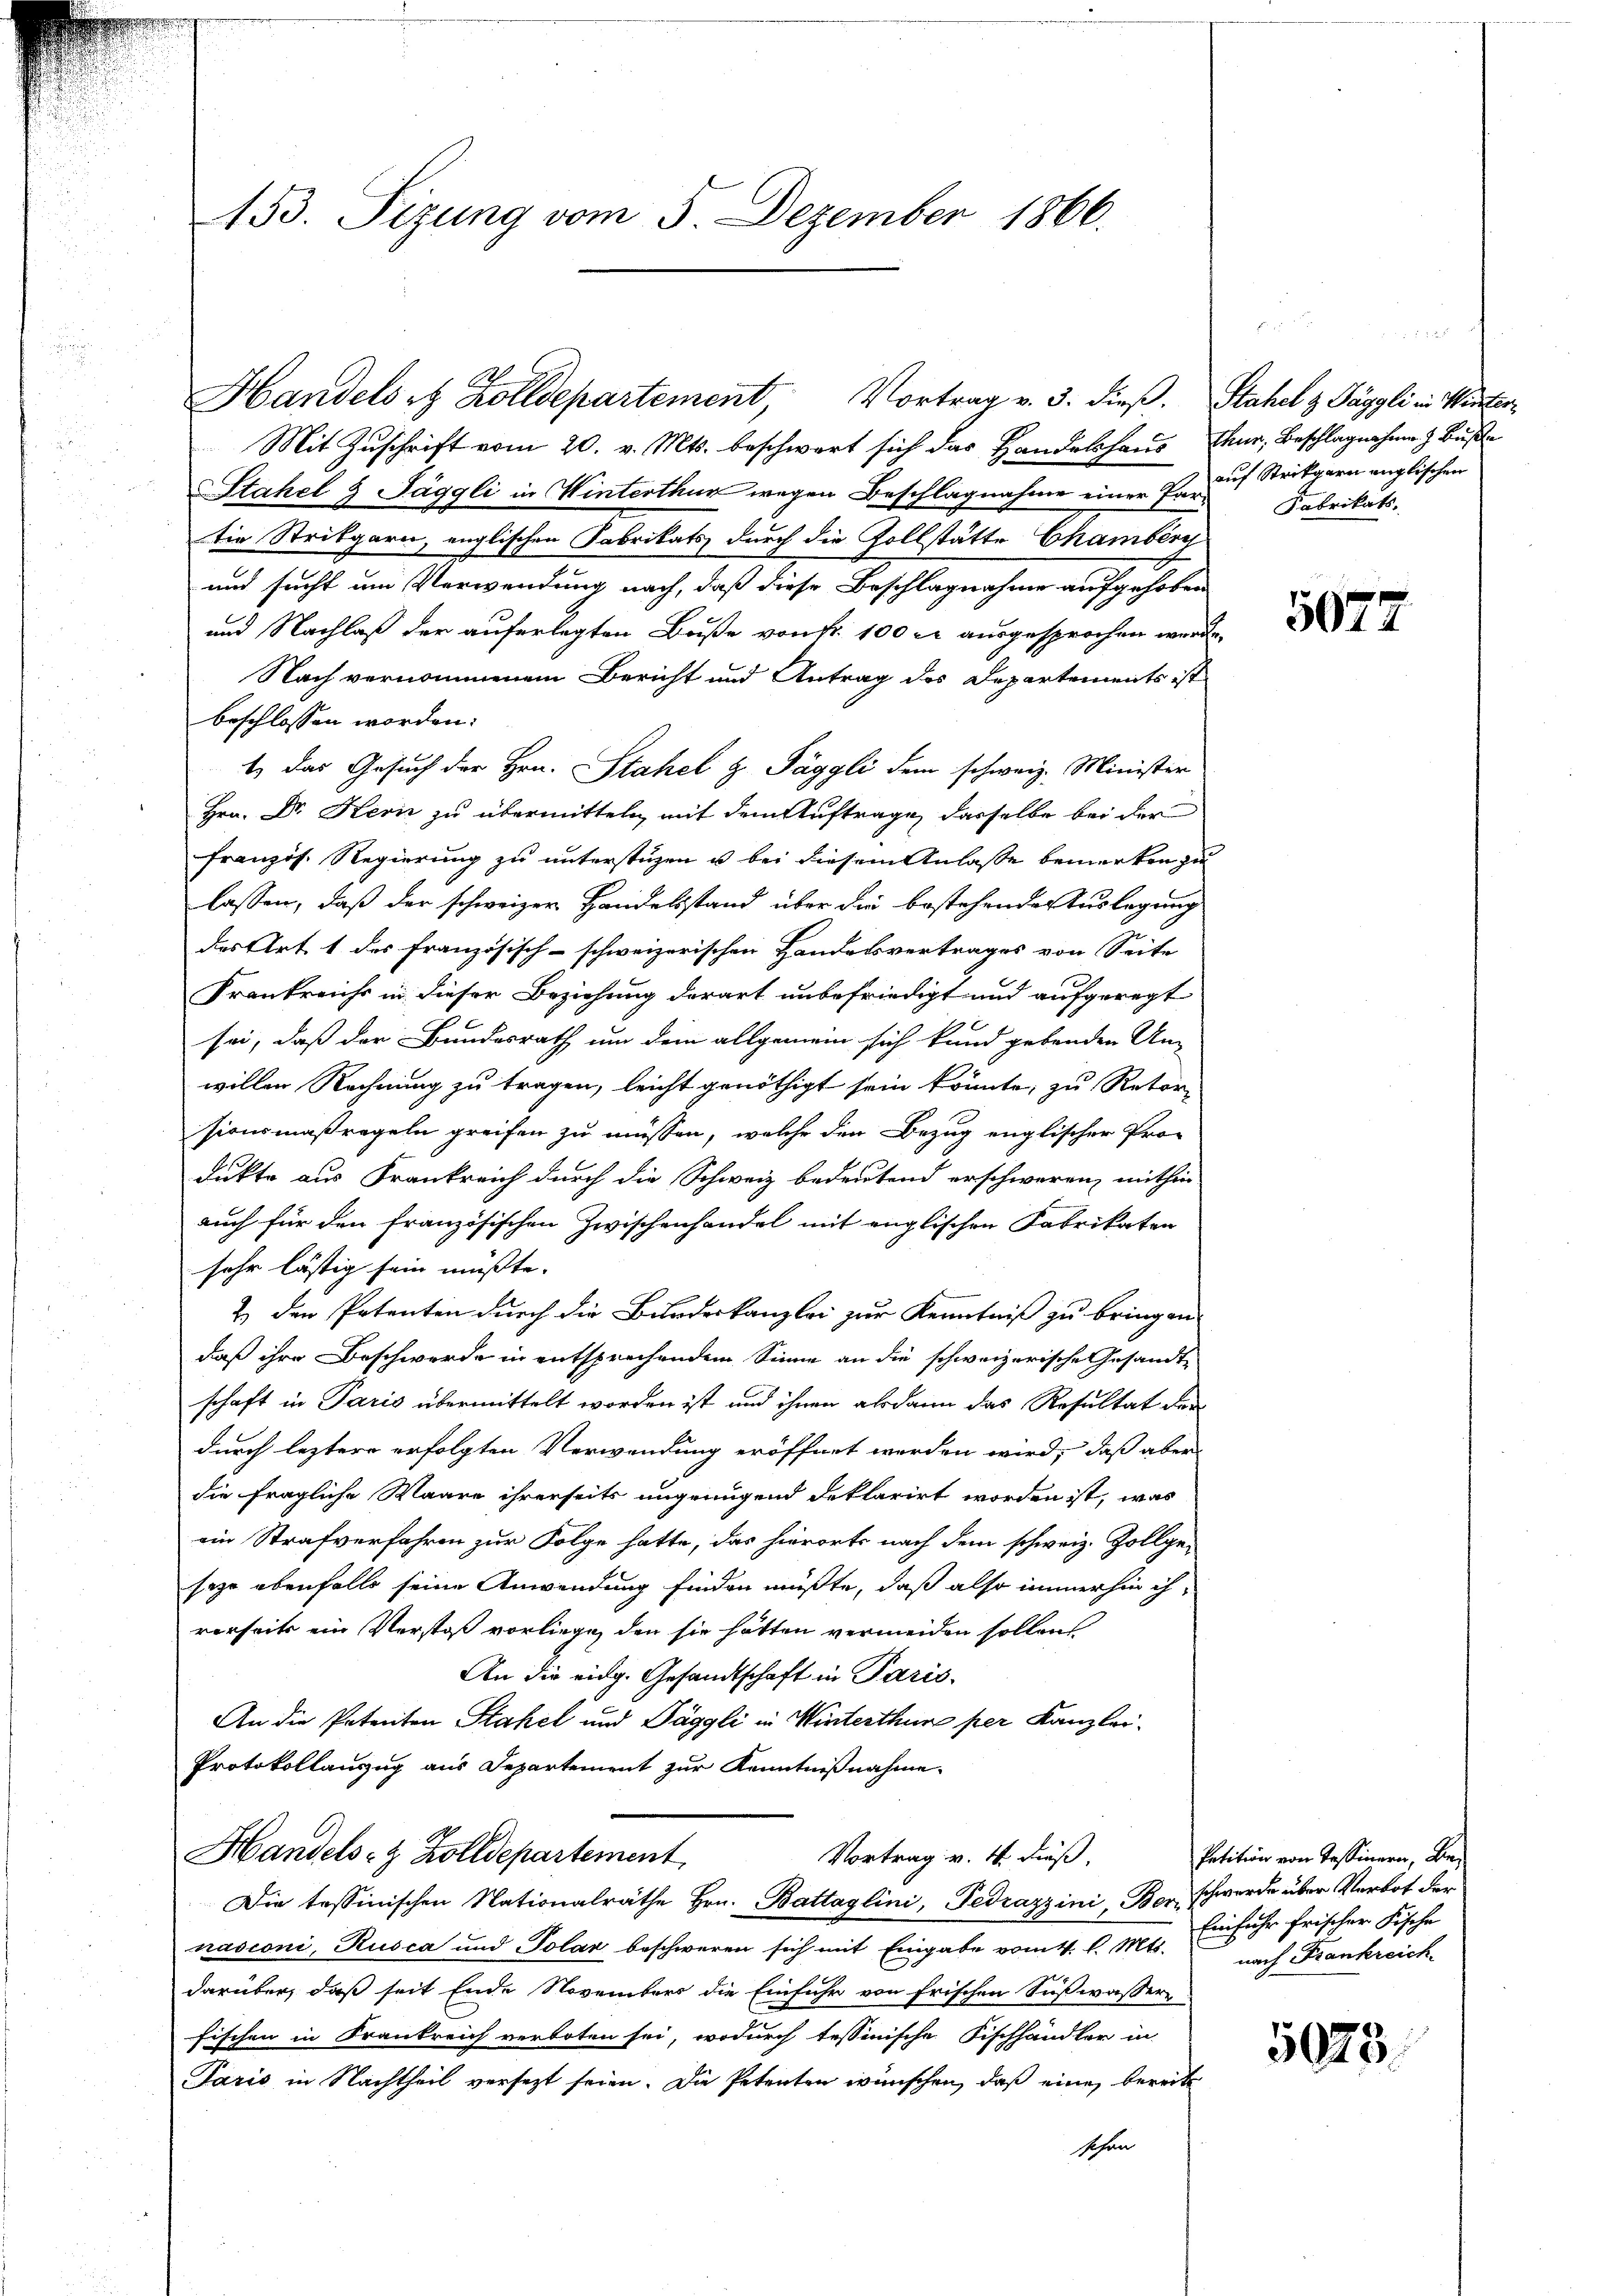
153. Sizung vom 5. Dezember 1866.

Mit Zuschrift vom 20. v. Mts. beschwart sich das Handelshaus Chur, Beschlagnahme z. Buße
Stahel & Jäggli in Winterthur wegen Beschlagnahme einer Fertin Strikgarn, englischen Fabrikats durch die Zollstätte Chamberg
und sucht um Verwendung nach, daß diese Beschlagnahme aufgehoben
und Nachlaß der auferlegten Buße von Fr. 100 rl ausgesprochen werde.
Nach vernommenem Bericht und Antrag des Departements ist
beschlossen worden.
1.) Das Gesuch der Hrn. Stahel & Jäggli dem schweiz. Minister
Hrn. Dr. Kern zu übermitteln, mit dem Auftrage, dasselbe bei der
Französ. Regierung zu unterstüzen u bei diesem Anlasse bemerken zu
lassen, daß der schweizer Handelsstand über die bestehender Auslegung
des Art. 1 des Französisch-schweizerischen Handelsvertrages von Seite
Frankreichs in dieser Beziehung derart unbefriedigt und aufgeregt
sei, daß der Bundesrath um dem allgemein sich kund gebenden Um-
willen Rechnung zu tragen, leicht genöthigt sein könnte, zu Retor-
sionsmaßregeln greifen zu müssen, welche den Bezug englischer Pro-
dukte aus Frankreich durch die Schweiz bedeutend erschweren, mithin
auch für den französischen Zwischenhandel mit englischen Fabrikaten
sehr lästig sein müßte.
2.) den Petenten durch die Bundeskanzlei zur Kenntniß zu bringen.
daß ihre Beschwerde in entsprechendem Sinne an die schweizerische Gesandte
schaft in Paris übermittelt worden ist und ihnen alsdann das Resultat der
durch leztere erfolgten Verwendung eröffnet worden wird, daß aber
die fragliche Waare ihrerseits ungenügend deklarirt worden ist, was
ein Strafverfahren zur Folge hatte, das hierorts nach dem schweiz. Zollge-
sage ebenfalls seine Anwendung finden müßte, daß also immerhin ih-
rerseits ein Verstoß vorliege, den sie hätten vermeiden sollen
An die eidg. Gesandtschaft in Paris.
An die Patenten Stahel und Jäggli in Winterthur per Kanzlei-
Protokollauszug aus Departement zur Kenntnißnahme.
Handels- & Zolldepartement,
Vortrag v. 4. dieß,
Die tessinischen Nationalräthe Hrn. Battaglini, Tedrazzini, Ber schwerde über Verbot der
nasconi, Rusca und Polar beschweren sich mit Eingabe vom 4. l. Mts. nach Frankreich
darüber, daß seit Ende Novembers die Einfuhr von frischen Sußwasser-
fischen in Krankreich verboten sei, wodurch tessinische Fischhändler in
Paris in Nachtheil versezt seien. Die Petenten wünschen, daß eine bereits
schen

Handels et Zolldepartement, Vortrag v. 3. dieβ. Stahel z Päggli in Vater¬

auf Strikgern englischen
Fabrikats.

5072

Petition von Tessinern, Be¬
Einfahr frischer Fische

5023.